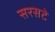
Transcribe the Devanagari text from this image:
सरसटे